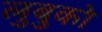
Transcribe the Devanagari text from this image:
लुबुको